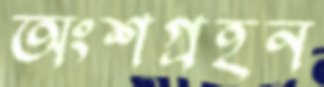
অংশগ্রহন